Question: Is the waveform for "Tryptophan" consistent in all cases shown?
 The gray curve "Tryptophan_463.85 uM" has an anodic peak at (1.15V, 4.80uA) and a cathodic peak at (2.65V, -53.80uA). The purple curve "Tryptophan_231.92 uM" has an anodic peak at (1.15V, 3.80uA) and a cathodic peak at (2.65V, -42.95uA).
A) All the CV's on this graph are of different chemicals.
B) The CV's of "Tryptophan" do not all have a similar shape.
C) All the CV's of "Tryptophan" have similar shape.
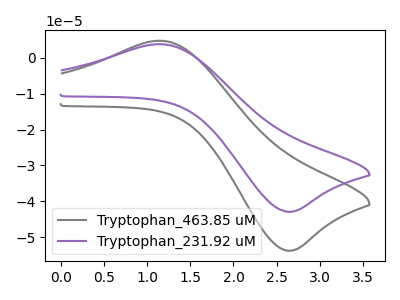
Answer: <think>All the peaks in "Tryptophan_463.85 uM" have a peak in "Tryptophan_231.92 uM" at the same potential. Every peak in "Tryptophan_463.85 uM" is higher than every peak in "Tryptophan_231.92 uM".
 </think>
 <answer>C) All the CV's of "Tryptophan" have similar shape.</answer>
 <eval>C</eval>